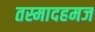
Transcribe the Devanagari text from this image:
तस्मादहमज